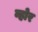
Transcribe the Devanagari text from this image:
व्होर